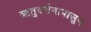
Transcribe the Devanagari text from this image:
ऋतुदर्शनापासुन